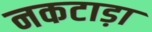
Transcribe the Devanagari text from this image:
नकटाड़ा